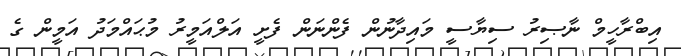
އިބްރާހީމް ނާޞިރު ސިޔާސީ މައިދާނުން ފެންނަން ފެށީ އަލްއަމީރު މުޙައްމަދު އަމީން ގެ